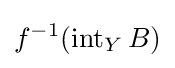
f^{-1}(\operatorname {int} _{Y}B)